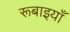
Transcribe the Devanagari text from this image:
रूबाइयाँ